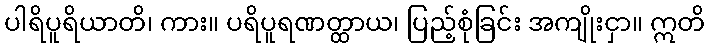
ပါရိပူရိယာတိ၊ ကား။ ပရိပူရဏတ္ထာယ၊ ပြည့်စုံခြင်း အကျိုးငှာ။ ဣတိ